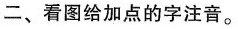
二、看图给加点的字注音。